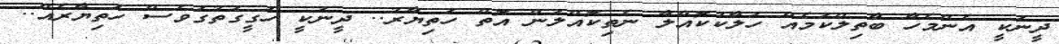
ދީނަކީ އެންމެހާ ބާތިލްކަމެއް ހަލާކުކޮއްލާ ނެތިކޮއްލަން އޮތް ހަތިޔާރު.. ދީނަކީ ހަގީގަތުގަވެސް ހަތިޔާރެއް..